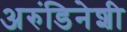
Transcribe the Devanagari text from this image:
अरुंडिनेशी